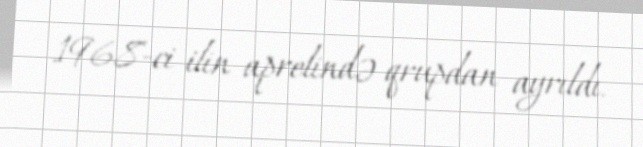
1968-ci ilin aprelində qrupdan ayrıldı.